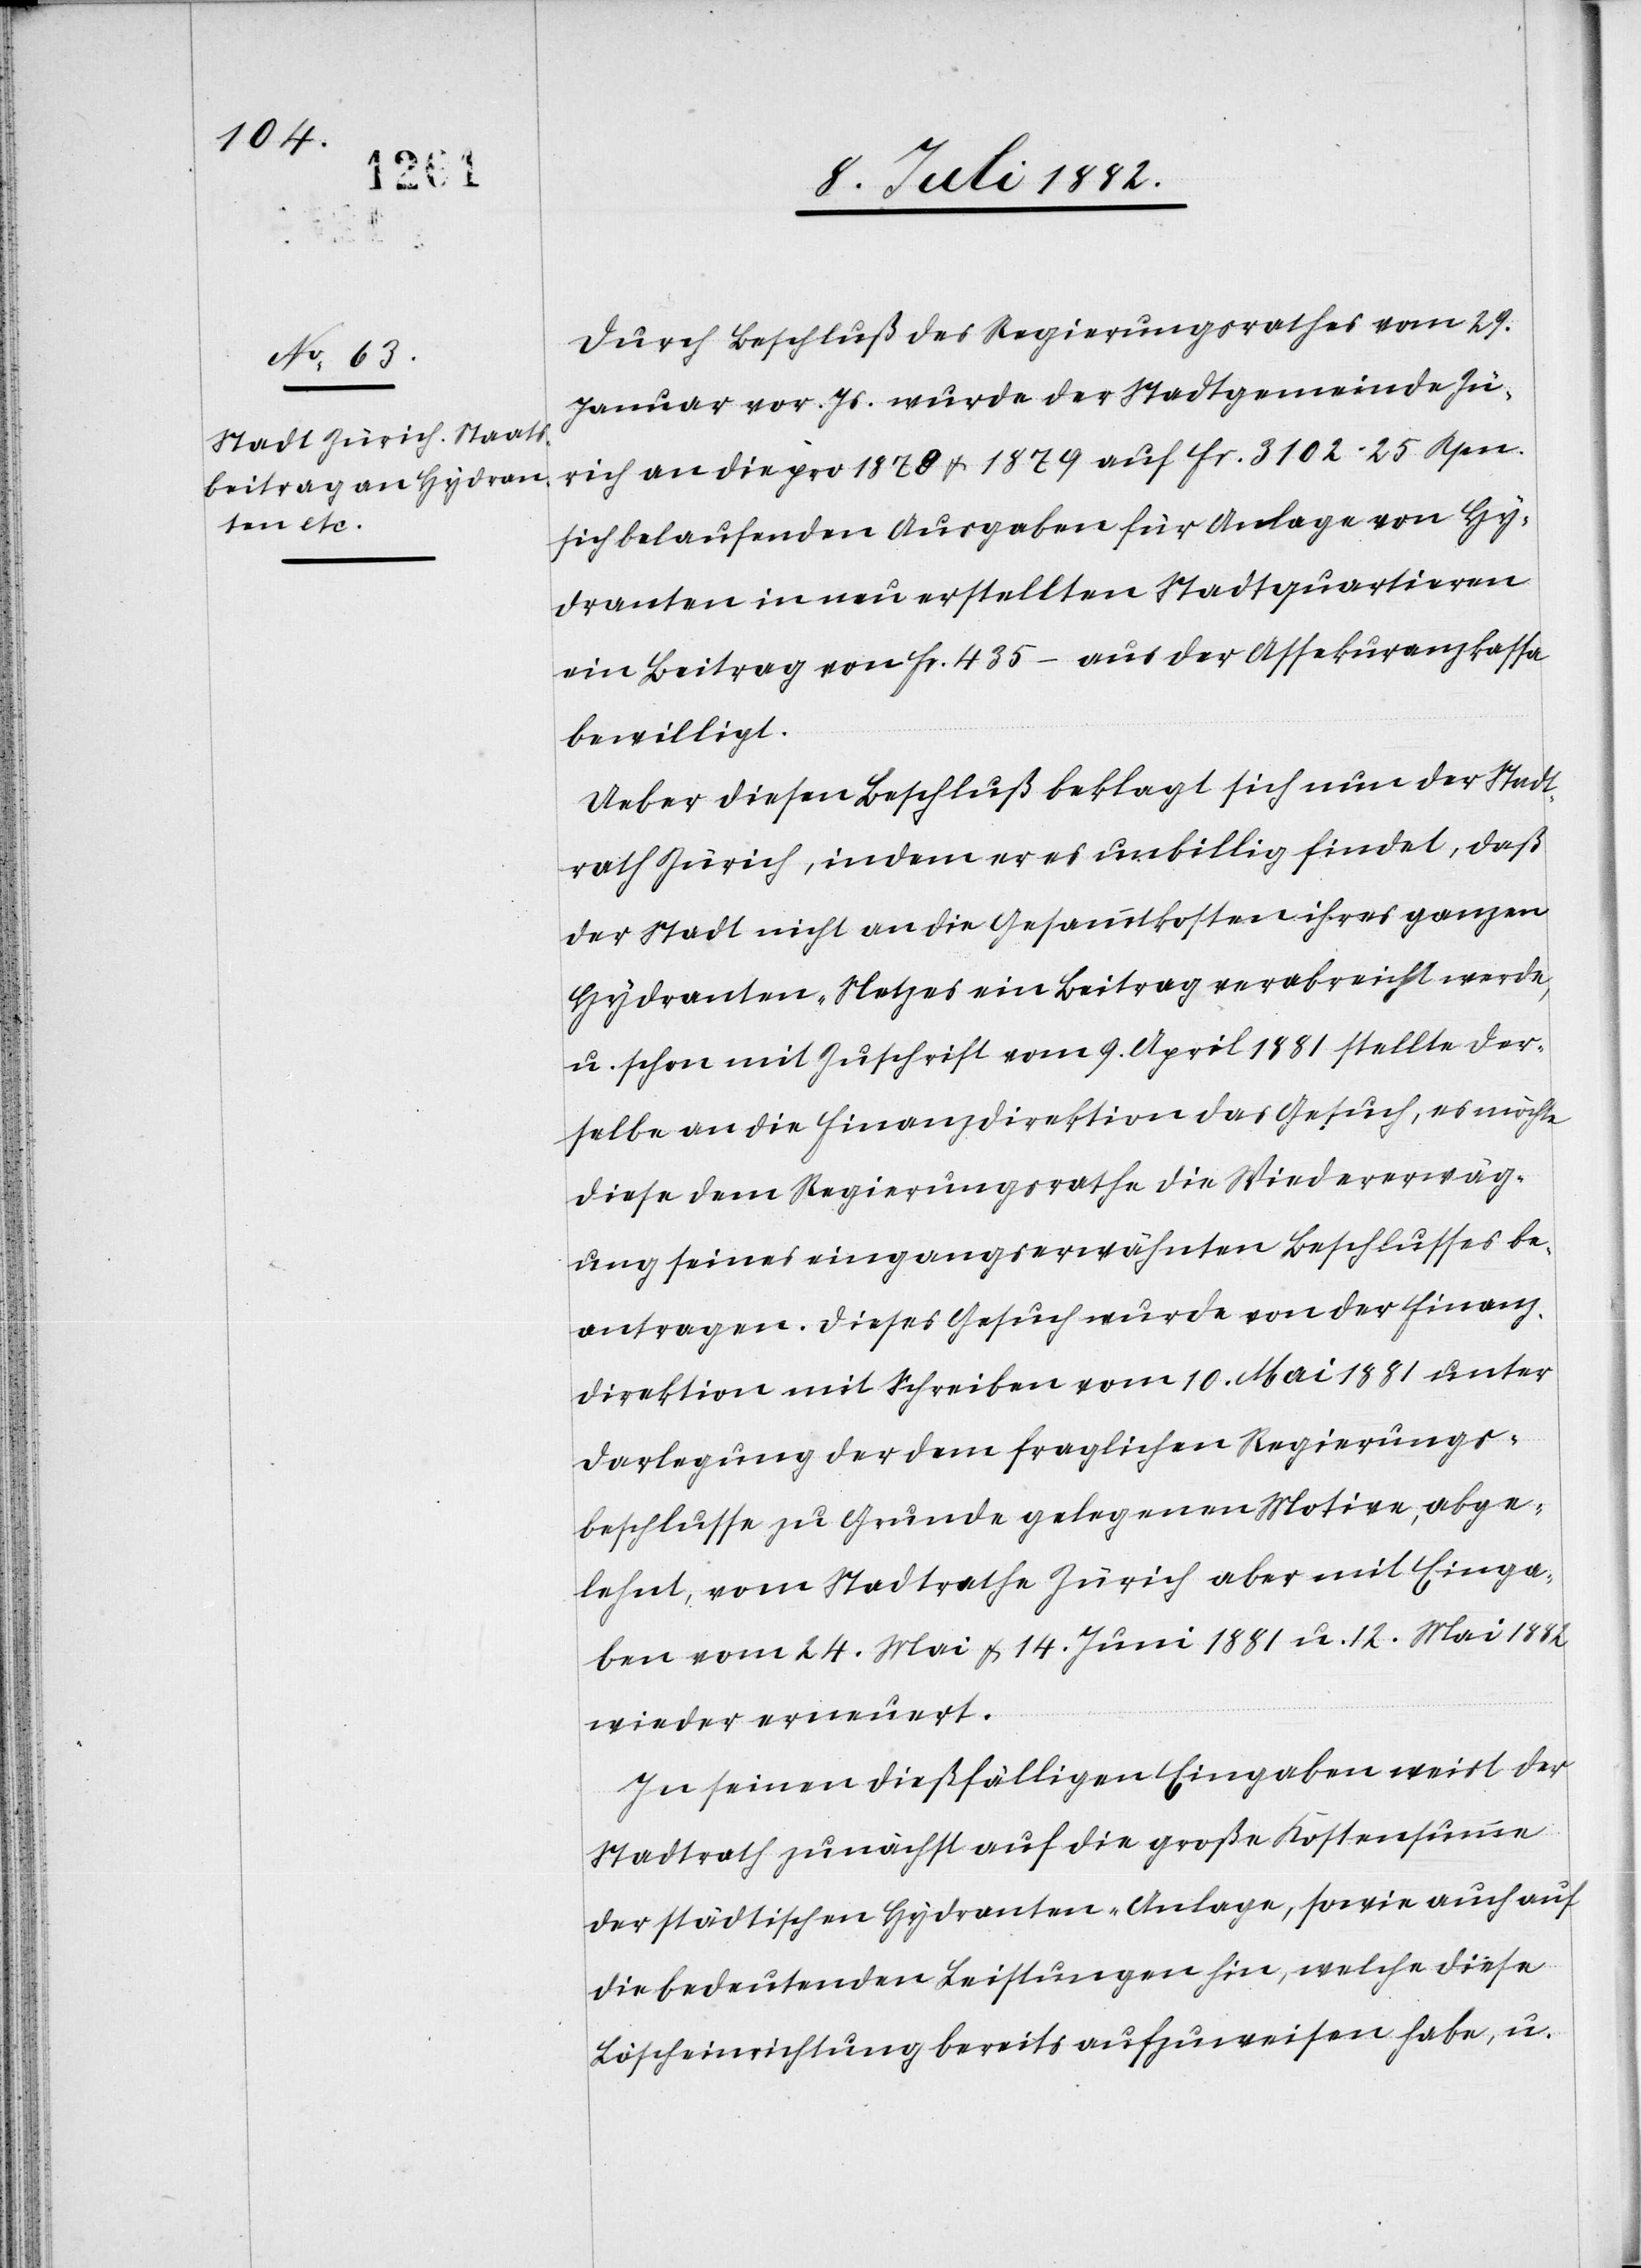
Durch Beschluß des Regierungsrathes vom 29.
Januar vor. Js. wurde der Stadtgemeinde Zü¬
rich an die pro 1878 & 1879 auf Fr. 3102. 25 Rpn.
sich belaufenden Ausgaben für Anlage von Hy¬
dranten in neu erstellten Stadtquartieren
ein Beitrag von Fr. 435.– aus der Assekuranzkasse
bewilligt.
Ueber diesen Beschluß beklagt sich nun der Stadt¬
rath Zürich, indem er es unbillig findet, daß
der Stadt nicht an die Gesammtkosten ihres ganzen
Hydranten-Netzes ein Beitrag verabreicht werde,
u. schon mit Zuschrift vom 9. April 1881 stellte der¬
selbe an die Finanzdirektion das Gesuch, es möchte
diese dem Regierungsrathe die Wiedererwäg¬
ung seines eingangserwähnten Beschlusses be¬
antragen. Dieses Gesuch wurde von der Finanz¬
direktion mit Schreiben vom 10. Mai 1881 unter
Darlegung der dem fraglichen Regierungs¬
beschlusse zu Grunde gelegenen Motive, abge¬
lehnt, vom Stadtrathe Zürich aber mit Einga¬
ben vom 24. Mai & 14. Juni 1881 u. 12. Mai 1882
wieder erneuert.
In seinen dießfälligen Eingaben weist der
Stadtrath zunächst auf die große Kostensumme
der städtischen Hydranten-Anlage, sowie auch auf
die bedeutenden Leistungen, welche diese
Löscheinrichtung bereits aufzuweisen habe, u.